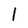
Character: 1